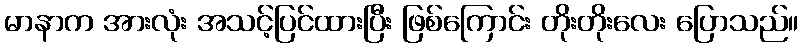
မာနာက အားလုံး အသင့်ပြင်ထားပြီး ဖြစ်ကြောင်း တိုးတိုးလေး ပြောသည်။